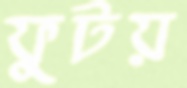
ফুটয়